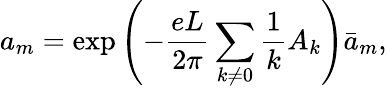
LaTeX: a_{m}=\mathrm{exp}\left(-\frac{eL}{2\pi}\sum_{k\neq 0}\frac{1}{k}A_{k}\right){\bar{a}}_{m},